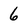
Character: 6